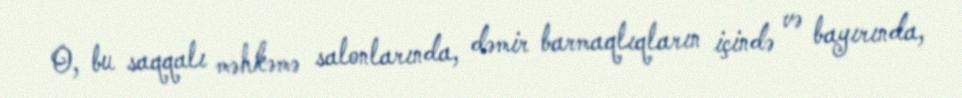
O, bu saqqalı məhkəmə salonlarında, dəmir barmaqlıqların içində və bayırında,